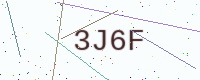
Text: 3J6F